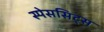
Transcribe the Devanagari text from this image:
स्पेससिट्स